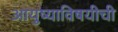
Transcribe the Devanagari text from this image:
आयुष्याविषयीची